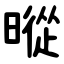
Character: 暰